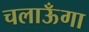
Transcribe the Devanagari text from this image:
चलाऊँगा